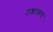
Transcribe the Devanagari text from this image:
उच्चांकच